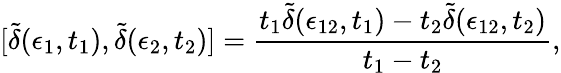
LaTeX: [\tilde{\delta}(\epsilon_{1},t_{1}),\tilde{\delta}(\epsilon_{2},t_{2})]={\frac{t_{1}\tilde{\delta}(\epsilon_{12},t_{1})-t_{2}\tilde{\delta}(\epsilon_{12},t_{2})}{t_{1}-t_{2}}},